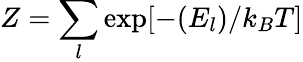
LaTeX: Z=\sum_{l}\exp[-(E_{l})/k_{B}T]